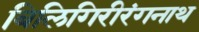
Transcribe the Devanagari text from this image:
बिलिगिरीरंगनाथ